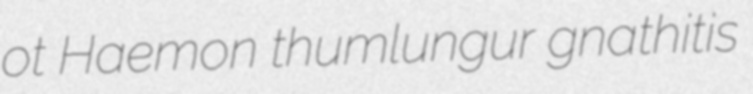
ot Haemon thumlungur gnathitis